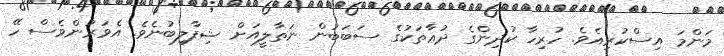
މަންމަ އިސްކުރިއެވެ. ހުރިހާ ކުދިންގެ ދުޢާތަކުގެ ސަބަބުން ނަތާލީއަށް ޝިފާލިބުނެވެ. އެވަރުންވެސް ހޭ